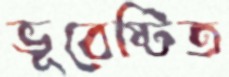
ভূবেষ্টিত